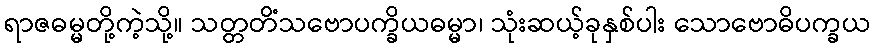
ရာဇဓမ္မတို့ကဲ့သို့။ သတ္တတိံသဗောပက္ခိယဓမ္မာ၊ သုံးဆယ့်ခုနှစ်ပါး သောဗောဓိပက္ခယ